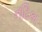
નટિકા